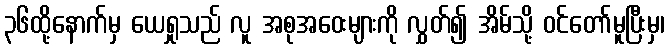
၃၆ထို့နောက်မှ ယေရှုသည် လူ အစုအဝေးများကို လွှတ်၍ အိမ်သို့ ဝင်တော်မူပြီးမှ၊